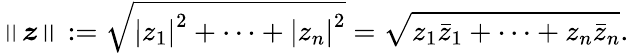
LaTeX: \left\| {\boldsymbol{z}}\right\| :={\sqrt{\left|z_{1}\right|^{2}+\cdots+\left|z_{n}\right|^{2}}}={\sqrt{z_{1}{\bar{z}}_{1}+\cdots+z_{n}{\bar{z}}_{n}}}.